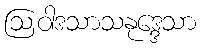
ဩဝါဒသာသနုဒ္ဒေသာ